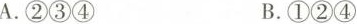
A.②③④ B.①②④